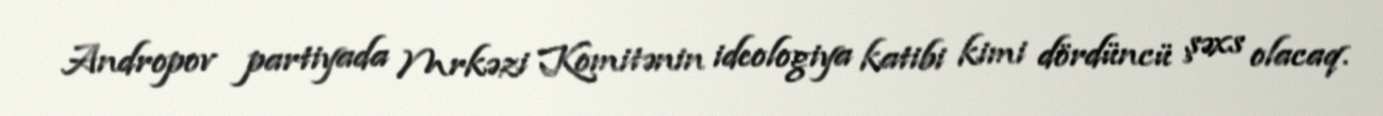
Andropov partiyada Mrkəzi Komitənin ideologiya katibi kimi dördüncü şəxs olacaq.